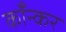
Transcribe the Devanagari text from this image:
काँन्कर